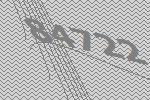
84722